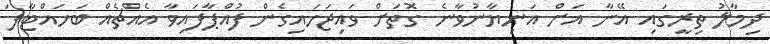
ދިމާލު ތިރީގައި އޭނާ އަށް އަނިޔާނުވާނެ ގޮތަށް ވައިޖަހައިގެން ފުއްޕާފައިވާ އެއްޗެއް ބަހައްޓާފަ